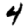
Digit: 4